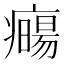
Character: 𤻈